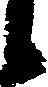
候